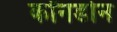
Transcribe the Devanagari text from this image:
कॉनडोन